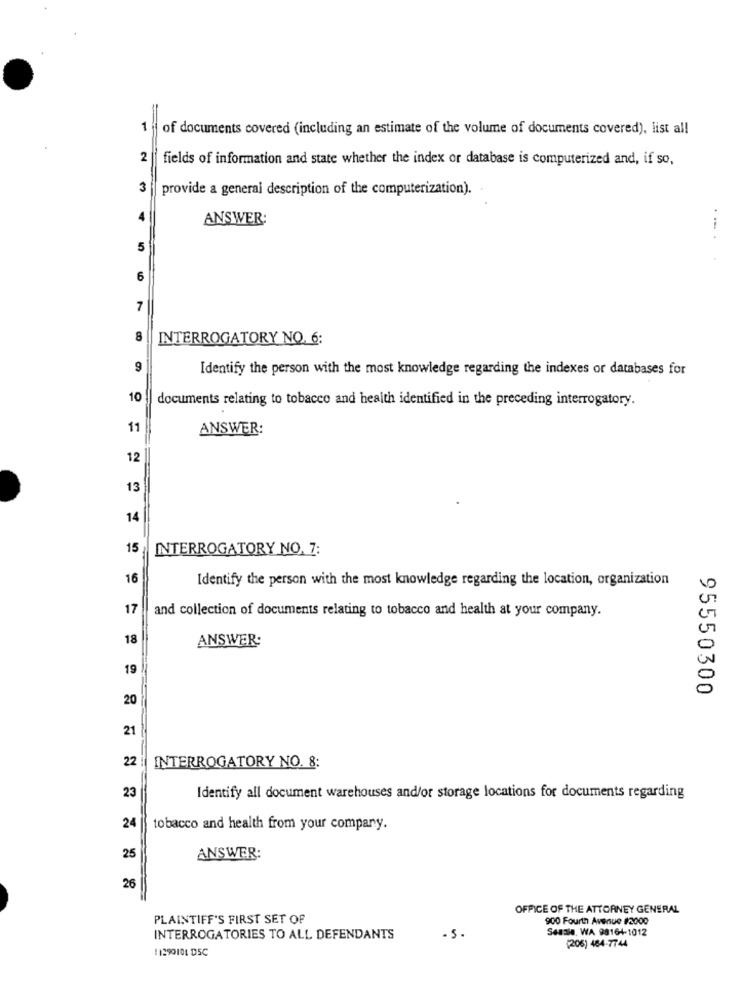
1
of documents covered (including an estimate of the volume of documents covered), list all
2
fields of information and state whether the index or database is computerized and, if so,
3
provide a general description of the computerization).
ANSWER:
5
6
7
8
INTERROGATORY NO. 6:
9
Identify the person with the most knowledge regarding the indexes or databases for
10
documents relating to tobacco and health identified in the preceding interrogatory.
11
ANSWER:
12
13
14 |
15
INTERROGATORY NO. 7:
16
Identify the person with the most knowledge regarding the location, organization
17
and collection of documents relating to tobacco and health at your company.
18
ANSWER:
19
95550300
20
21
22
INTERROGATORY NO. 8:
23
Identify all document warehouses and/or storage locations for documents regarding
24
tobacco and health from your company.
25
ANSWER:
26
OFFICE OF THE ATTORNEY GENERAL
PLAINTIFF'S FIRST SET OF
900 Fourth Avenue #2000
Sessie, WA 98164-1012
INTERROGATORIES TO ALL DEFENDANTS
- 5.
(206) 464-7744
11390101 05C